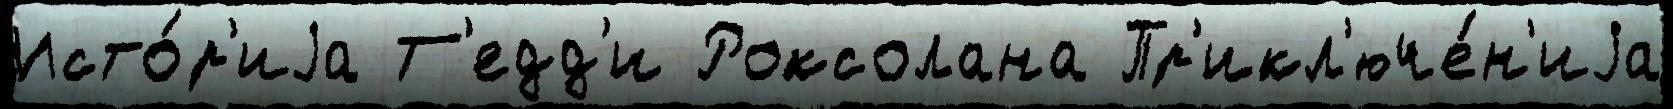
Исто́р'иjа Т'едд'и Роксолана Пр'икл'юче́н'иjа